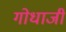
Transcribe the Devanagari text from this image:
गोधाजी